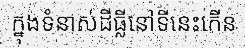
ក្នុងទំនាស់ដីធ្លីនៅទីនេះកើន